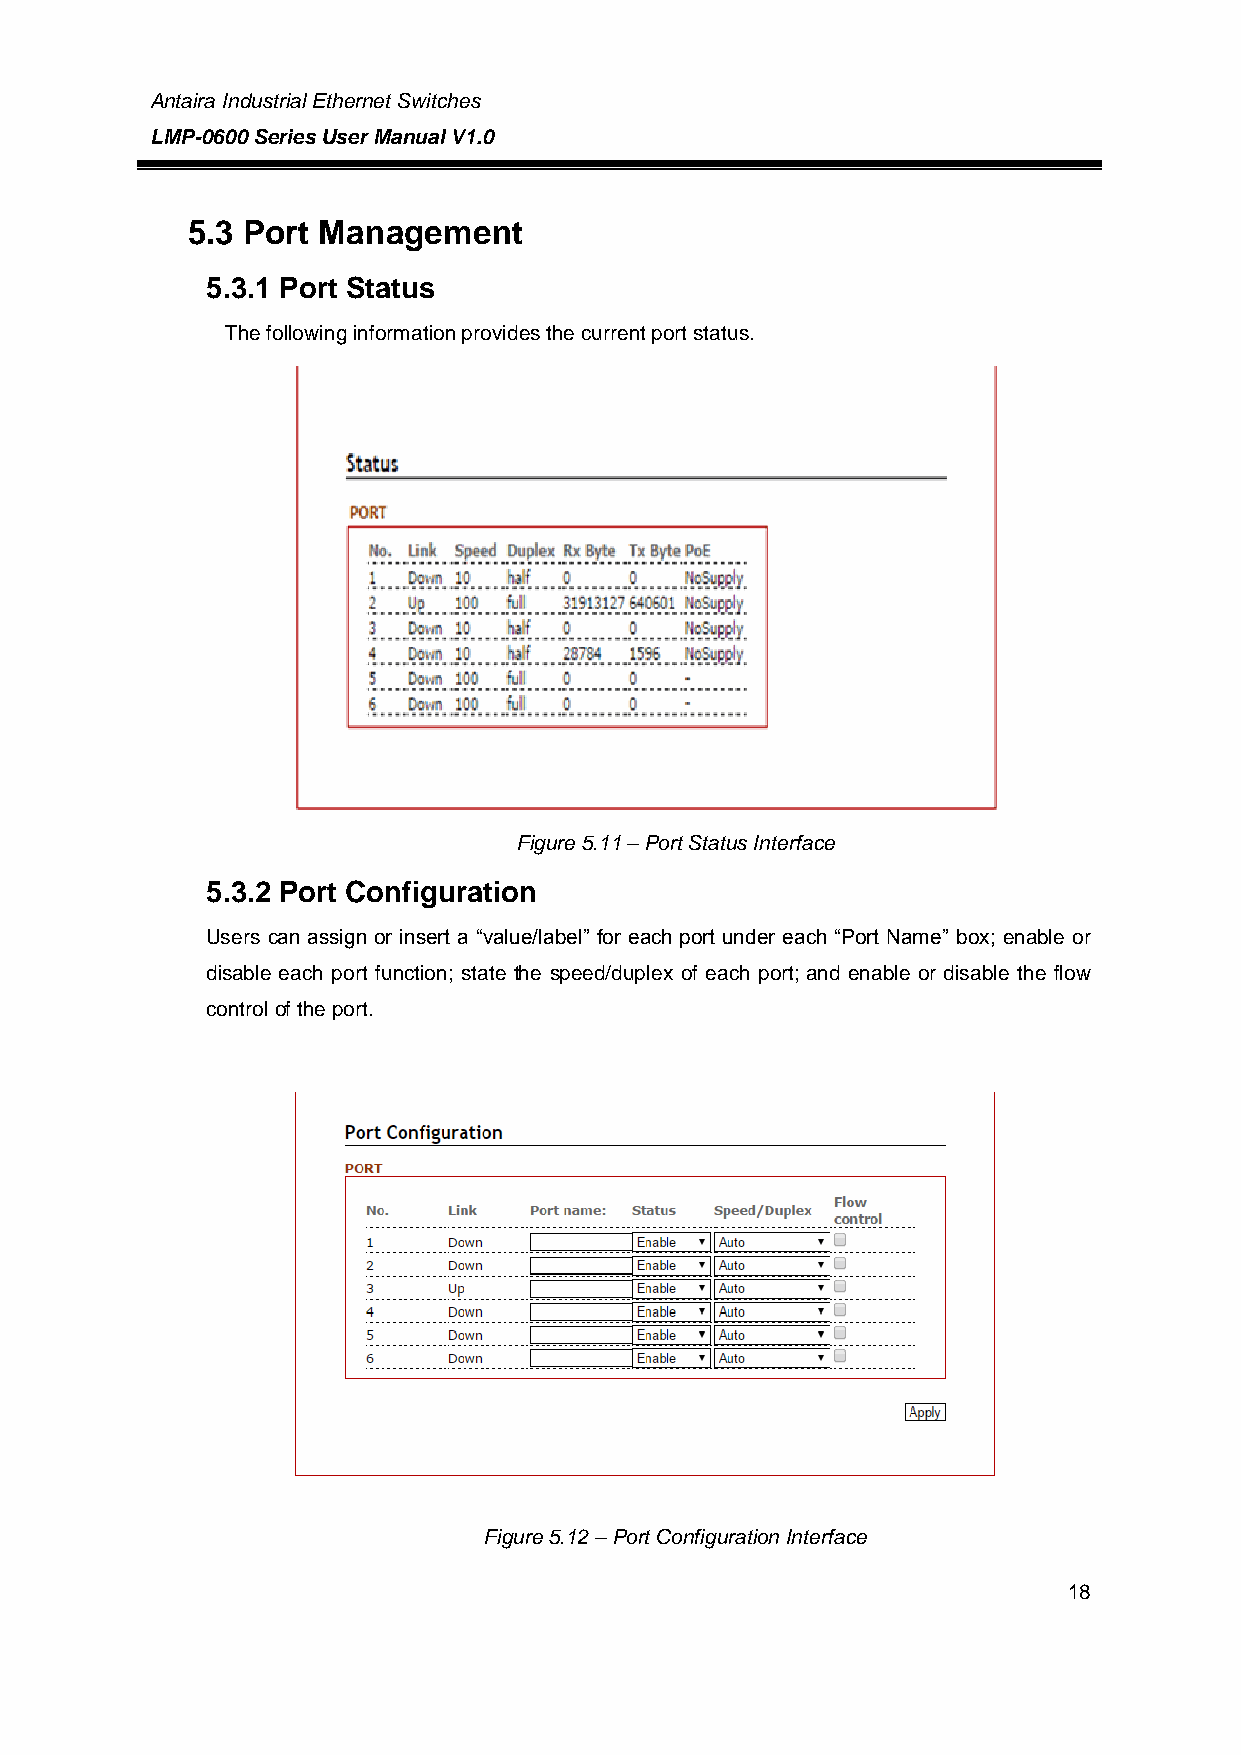
Antaira Industrial Ethernet Switches
 LMP-0600 Series User Manual V1.0
 5.3 Port Management
 5.3.1 Port Status
 The following information provides the current port status.
 Figure 5.11 – Port Status Interface
 5.3.2 Port Configuration
 Users can assign or insert a “value/label” for each port under each “Port Name” box; enable or
 disable each port function; state the speed/duplex of each port; and enable or disable the flow
 control of the port.
 Figure 5.12 – Port Configuration Interface
 18